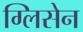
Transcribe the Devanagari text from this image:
ग्लिसेन